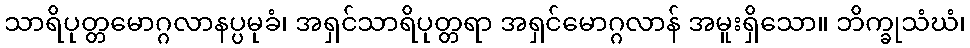
သာရိပုတ္တမောဂ္ဂလာနပ္ပမုခံ၊ အရှင်သာရိပုတ္တရာ အရှင်မောဂ္ဂလာန် အမူးရှိသော။ ဘိက္ခုသံဃံ၊